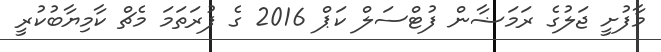
މާފުށީ ޖަލުގެ ރަމަޟާން ފުޓްސަލް ކަޕް 2016 ގެ ފުރަތަމަ މެޗް ކާމިޔާބުކުރީ